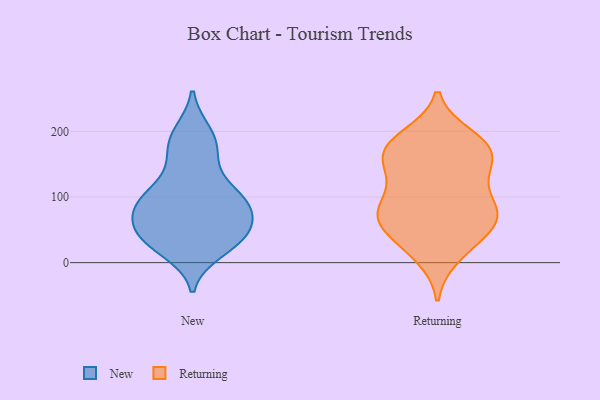
{"axis": {"x": "Net Income (USD K)", "y": "Value"}, "legend": ["New", "Returning"], "data": [{"x": "", "y": 99, "type": "New"}, {"x": "", "y": 163, "type": "New"}, {"x": "", "y": 99, "type": "New"}, {"x": "", "y": 20, "type": "New"}, {"x": "", "y": 71, "type": "New"}, {"x": "", "y": 39, "type": "New"}, {"x": "", "y": 88, "type": "New"}, {"x": "", "y": 94, "type": "New"}, {"x": "", "y": 83, "type": "New"}, {"x": "", "y": 188, "type": "New"}, {"x": "", "y": 37, "type": "New"}, {"x": "", "y": 196, "type": "New"}, {"x": "", "y": 137, "type": "New"}, {"x": "", "y": 38, "type": "New"}, {"x": "", "y": 35, "type": "New"}, {"x": "", "y": 40, "type": "New"}, {"x": "", "y": 44, "type": "New"}, {"x": "", "y": 80, "type": "New"}, {"x": "", "y": 97, "type": "New"}, {"x": "", "y": 183, "type": "New"}, {"x": "", "y": 192, "type": "Returning"}, {"x": "", "y": 70, "type": "Returning"}, {"x": "", "y": 62, "type": "Returning"}, {"x": "", "y": 112, "type": "Returning"}, {"x": "", "y": 153, "type": "Returning"}, {"x": "", "y": 173, "type": "Returning"}, {"x": "", "y": 78, "type": "Returning"}, {"x": "", "y": 23, "type": "Returning"}, {"x": "", "y": 37, "type": "Returning"}, {"x": "", "y": 188, "type": "Returning"}, {"x": "", "y": 79, "type": "Returning"}, {"x": "", "y": 72, "type": "Returning"}, {"x": "", "y": 10, "type": "Returning"}, {"x": "", "y": 169, "type": "Returning"}, {"x": "", "y": 166, "type": "Returning"}, {"x": "", "y": 81, "type": "Returning"}, {"x": "", "y": 127, "type": "Returning"}, {"x": "", "y": 60, "type": "Returning"}, {"x": "", "y": 139, "type": "Returning"}, {"x": "", "y": 174, "type": "Returning"}]}